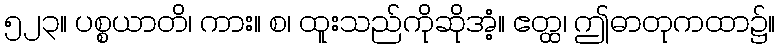
၅၂၃။ ပစ္စယာတိ၊ ကား။ စ၊ ထူးသည်ကိုဆိုအံ့။ ဧတ္ထ၊ ဤဓာတုကထာ၌။